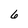
Character: 6